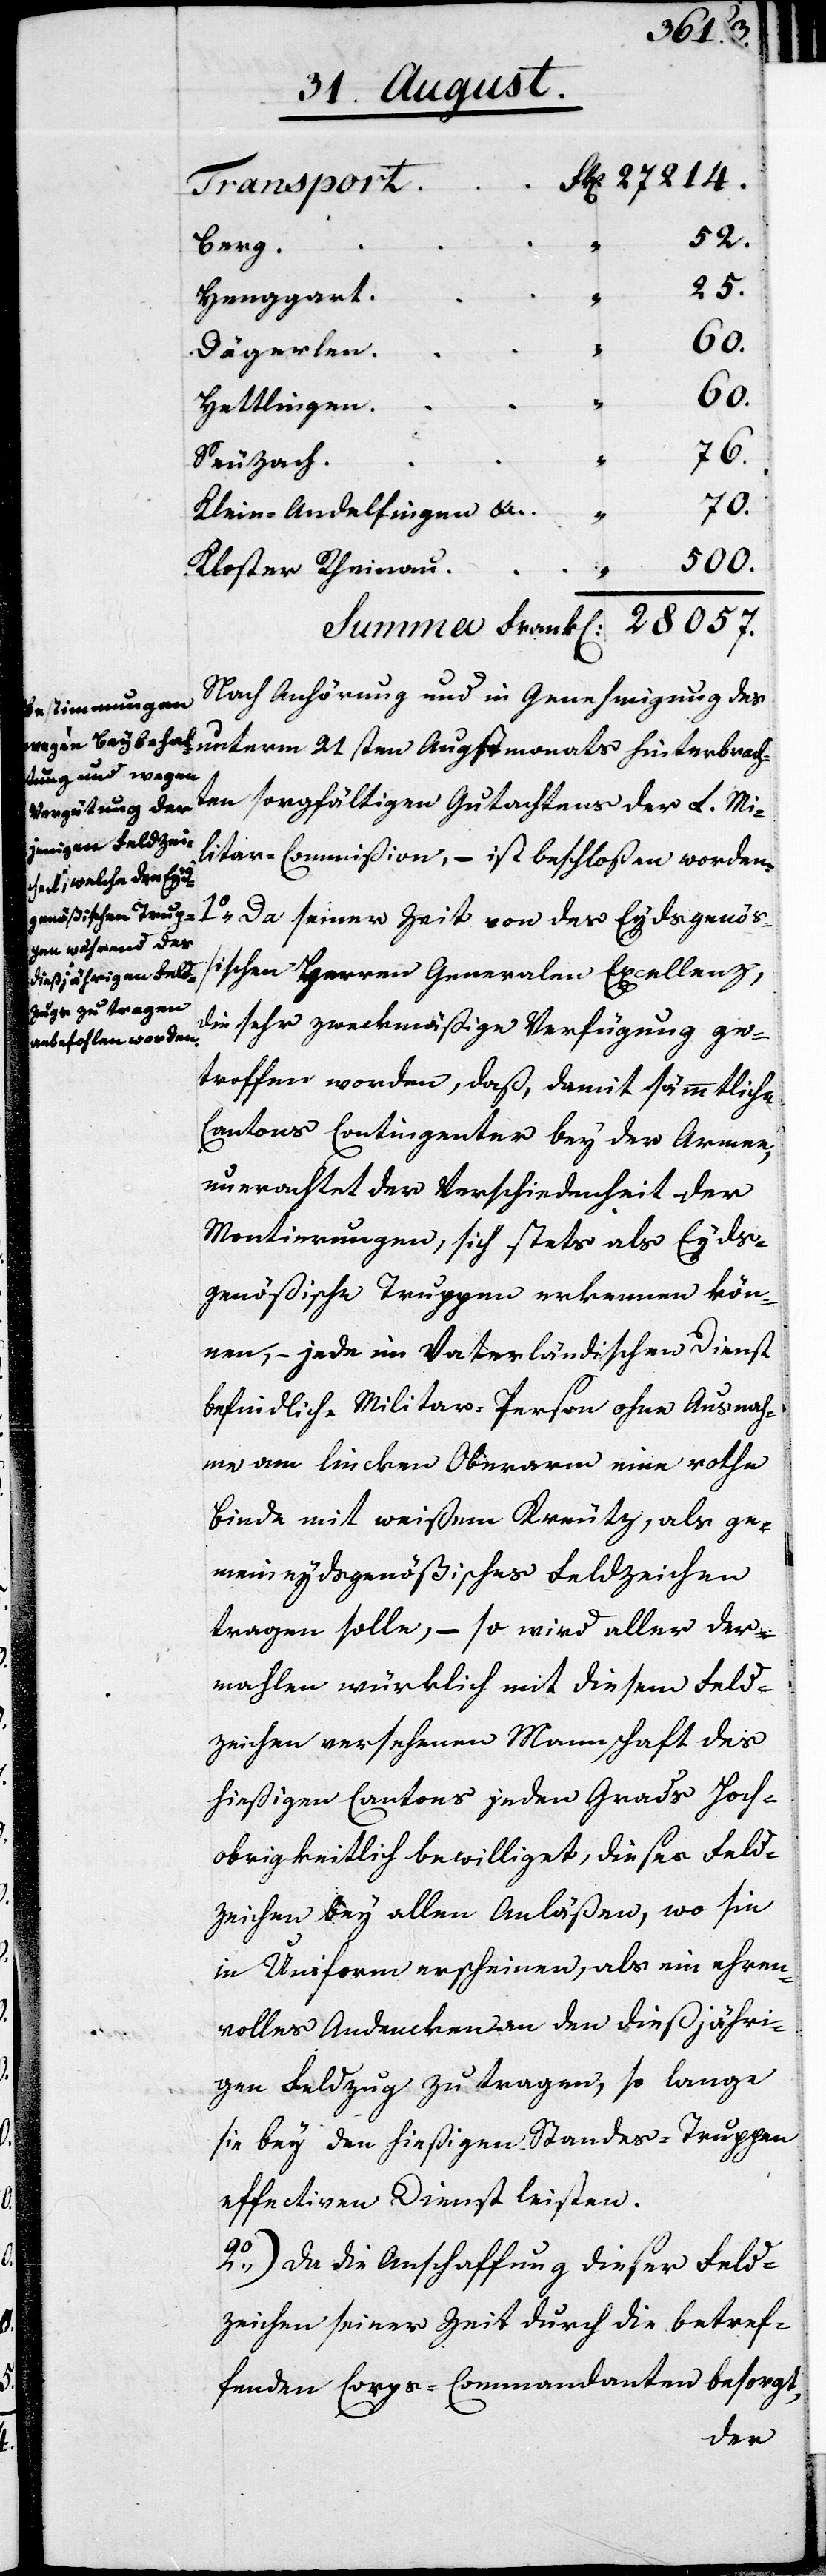
27214.
Transport.
Henggart
„
Dägerlen
60.
Hettlingen
„
60.
Seuzach
„
76.
Klein-Andelfingen etc.
„
Kloster Rheinau
„
Summa Franken	28057.
Nach Anhörung und in Genehmigung des
ten sorgfältigen Gutachtens der L. Mi¬
litar-Commißion, – ist beschloßen worden:
Augstmonats hinterbrach¬
Da seiner Zeit von des Eydsgenöß¬
ischen Herren Generalen Excellenz,
die sehr zweckmäßige Verfügung ge¬
troffen worden, daß, damit sämmtliche
Cantons Contingenter bey der Armee,
unerachtet der Verschiedenheit der
Montierungen, sich stets als Eyds¬
genößische Truppen erkennen kön¬
nen, – jede in Vaterländischen Dienst
befindliche Militar-Person ohne Ausnah¬
me am lincken Oberarm eine rothe
Binde mit weißem Kreutz, als ge¬
meineydsgenößisches Feldzeichen
tragen solle, – so wird aller der¬
mahlen würklich mit diesem Feld¬
zeichen versehenen Mannschaft des
hießigen Cantons jeden Grads Hoch¬
obrigkeitlich bewilliget, dieses Feld¬
zeichen bey allen Anläßen, wo sie
in Uniform erscheinen, als ein ehren¬
volles Andencken an den dießjähri¬
gen Feldzug zu tragen, so lange
sie bey den hießigen Standes-Truppen
effectiven Dienst leisten.
2.) Da die Anschaffung dieser Feld¬
zeichen seiner Zeit durch die betref¬
fenden Corps-Commandanten besorgt,